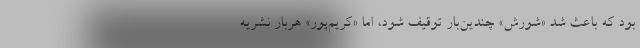
بود که باعث شد «شورش» چندین‌بار توقیف شود، اما «کریم‌پور» هربار نشریه